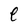
Character: e